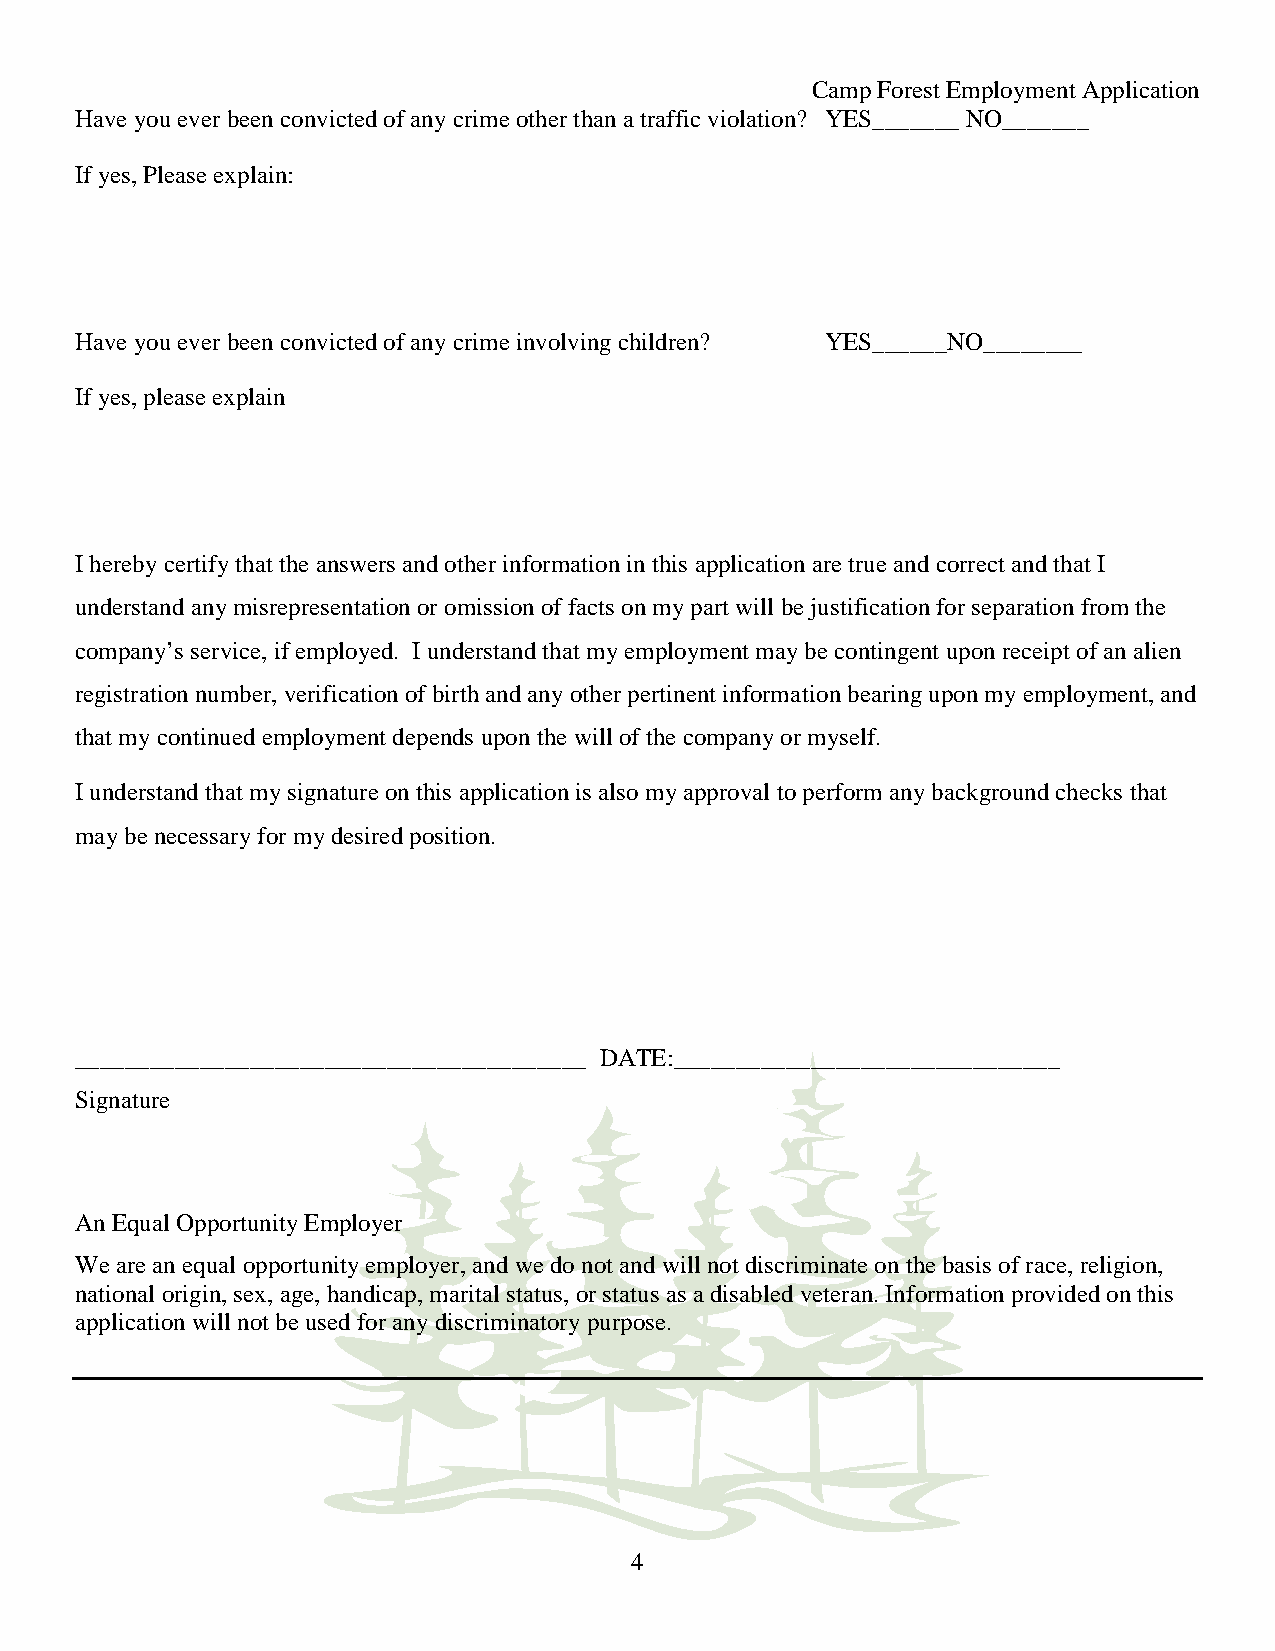
Camp Forest Employment Application
 Have you ever been convicted of any crime other than a traffic violation? YES_______ NO_______
 If yes, Please explain:
 Have you ever been convicted of any crime involving children? YES______NO________
 If yes, please explain
 I hereby certify that the answers and other information in this application are true and correct and that I
 understand any misrepresentation or omission of facts on my part will be justification for separation from the
 company’s service, if employed. I understand that my employment may be contingent upon receipt of an alien
 registration number, verification of birth and any other pertinent information bearing upon my employment, and
 that my continued employment depends upon the will of the company or myself.
 I understand that my signature on this application is also my approval to perform any background checks that
 may be necessary for my desired position.
 _________________________________________ DATE:_______________________________
 Signature
 An Equal Opportunity Employer
 We are an equal opportunity employer, and we do not and will not discriminate on the basis of race, religion,
 national origin, sex, age, handicap, marital status, or status as a disabled veteran. Information provided on this
 application will not be used for any discriminatory purpose.
 4